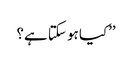
’’کیا ہو سکتا ہے؟